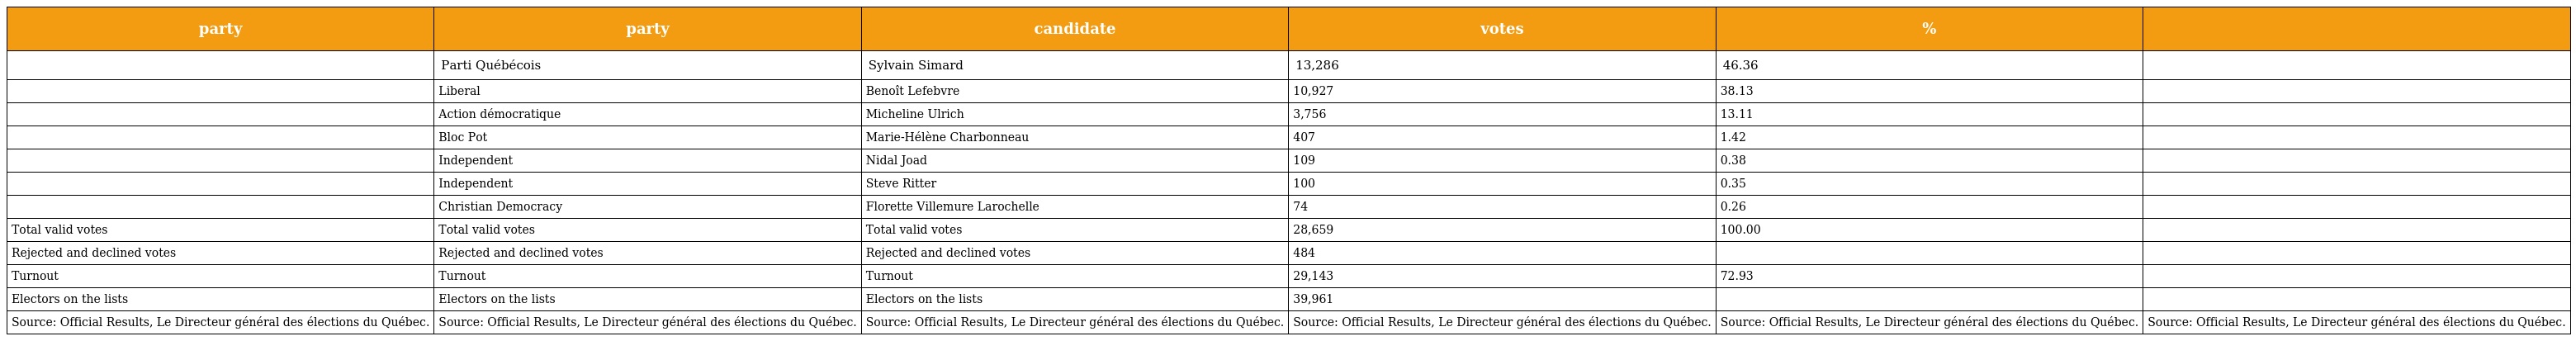
| party | party | candidate | votes | % |  |
 | --- | --- | --- | --- | --- | --- |
 |  | Parti Québécois | Sylvain Simard | 13,286 | 46.36 |  |
 |  | Liberal | Benoît Lefebvre | 10,927 | 38.13 |  |
 |  | Action démocratique | Micheline Ulrich | 3,756 | 13.11 |  |
 |  | Bloc Pot | Marie-Hélène Charbonneau | 407 | 1.42 |  |
 |  | Independent | Nidal Joad | 109 | 0.38 |  |
 |  | Independent | Steve Ritter | 100 | 0.35 |  |
 |  | Christian Democracy | Florette Villemure Larochelle | 74 | 0.26 |  |
 | Total valid votes | Total valid votes | Total valid votes | 28,659 | 100.00 |  |
 | Rejected and declined votes | Rejected and declined votes | Rejected and declined votes | 484 |  |  |
 | Turnout | Turnout | Turnout | 29,143 | 72.93 |  |
 | Electors on the lists | Electors on the lists | Electors on the lists | 39,961 |  |  |
 | Source: Official Results, Le Directeur général des élections du Québec. | Source: Official Results, Le Directeur général des élections du Québec. | Source: Official Results, Le Directeur général des élections du Québec. | Source: Official Results, Le Directeur général des élections du Québec. | Source: Official Results, Le Directeur général des élections du Québec. | Source: Official Results, Le Directeur général des élections du Québec. |